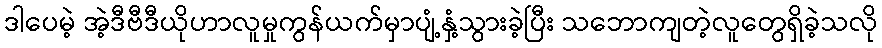
ဒါပေမဲ့ အဲ့ဒီဗီဒီယိုဟာလူမှုကွန်ယက်မှာပျံ့နှံ့သွားခဲ့ပြီး သဘောကျတဲ့လူတွေရှိခဲ့သလို